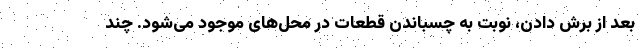
بعد از برش دادن، نوبت به چسباندن قطعات در محل‌های موجود می‌شود. چند